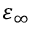
\varepsilon _ { \infty }